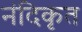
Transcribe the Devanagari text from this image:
नंदिकृत